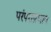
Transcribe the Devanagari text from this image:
परंपराप्रधान